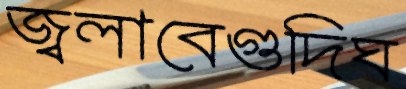
জ্বলাবেগুদিঘ